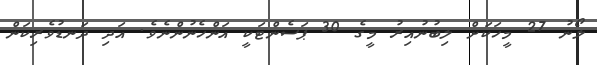
ލޯނު 27 މީހަކަށް ލިބުނުއިރު މީގެ 30 ޕަސެންޓަކީ އަންހެނުންނެވެ. އަދި ދަނޑުވެރިކަން